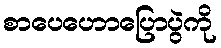
စာပေဟောပြောပွဲကို